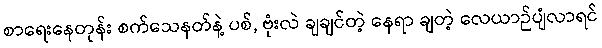
စာရေးနေတုန်း စက်သေနတ်နဲ့ ပစ်, ဗုံးလဲ ချချင်တဲ့ နေရာ ချတဲ့ လေယာဉ်ပျံလာရင်